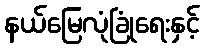
နယ်မြေလုံခြုံရေးနှင့်